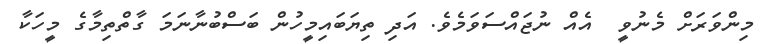
މިންވަރަށް މެނުވީ  އެއް ނުޖައްސަވަމެވެ. އަދި ތިޔަބައިމީހުން ބަސްބުނާނަމަ ގާތްތިމާގެ މީހަކާ